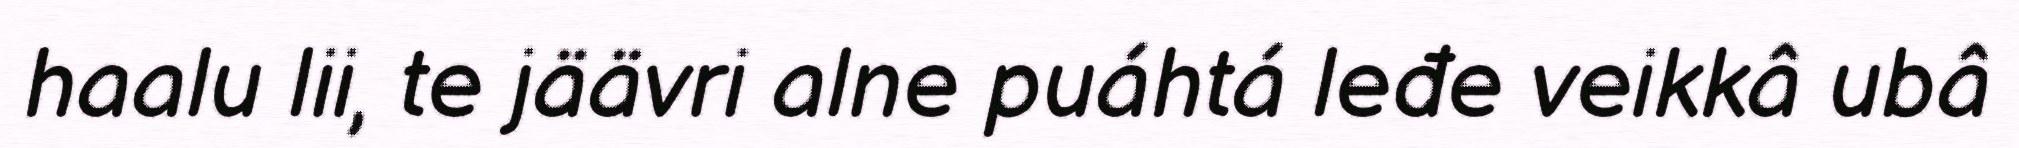
haalu lii, te jäävri alne puáhtá leđe veikkâ ubâ